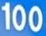
100